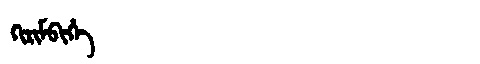
Manchu: ᡴᡳᡵᡳᠮᠪᡳᡥᡝ
Romanization: KIRIMBIHE